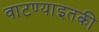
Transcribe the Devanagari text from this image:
वाटण्याइतकी